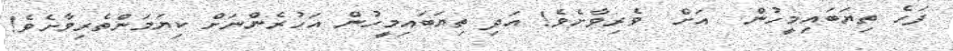
ފަހެ ތިޔަބައިމީހުން  އަށް  ވެރިވާށެވެ! އަދި ތިޔަބައިމީހުން އަހުރެންނަށް ކިޔަމަންތެރިވާށެވެ!